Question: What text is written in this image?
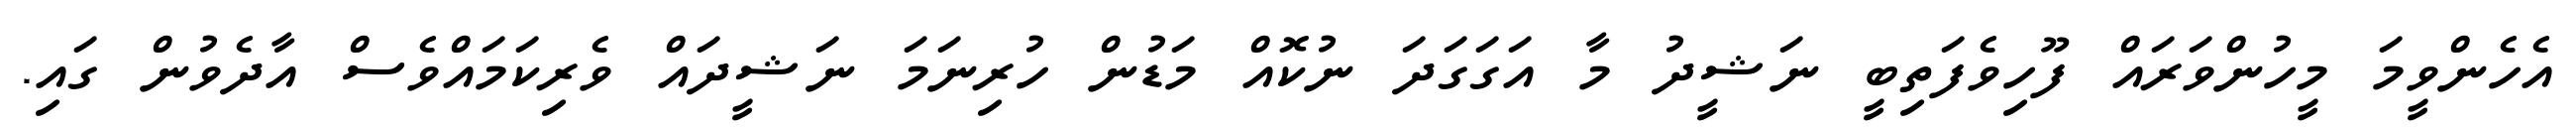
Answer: އެހެންވީމަ މީހުންވަރައް ފޫހިވެފަތިބީ ނަޝީދު މާ އަގަގަދަ ނުކޮއް މަޑުން ހުރިނަމަ ނަޝީދައް ވެރިކަމައްވެސް އާދެވުން ގައި.